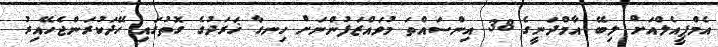
އެމްޕީއެލްއަށް ލިބޭ އާމްދަނީގެ 38 އިންސައްތަ މުވައްޒަފުންނަށް ހިނގާ ޚަރަދުގެ ގޮތުގައި ހޭދަކުރަންޖެހޭއިރު